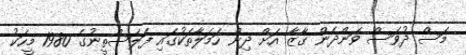
މަސް ދުވަސް ވަންދެން ގާޒާ އަށް ދިން ހަމަލާތަކުގައި ފަލަސްތީނުގެ 1980 މީހަކު